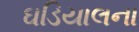
ઘડિયાલના